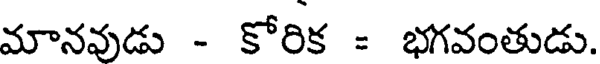
మానవుడు - కోరిక = భగవంతుడు.